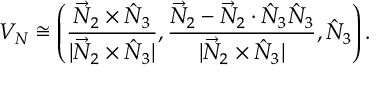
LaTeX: V _ { N } \cong \left( \frac { \vec { N } _ { 2 } \times \hat { N } _ { 3 } } { | \vec { N } _ { 2 } \times \hat { N } _ { 3 } | } , \frac { \vec { N } _ { 2 } - \vec { N } _ { 2 } \cdot \hat { N } _ { 3 } \hat { N } _ { 3 } } { | \vec { N } _ { 2 } \times \hat { N } _ { 3 } | } , \hat { N } _ { 3 } \right) .